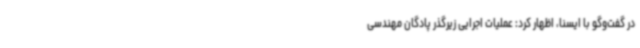
در گفت‌وگو با ایسنا، اظهار کرد: عملیات اجرایی زیرگذر پادگان مهندسی